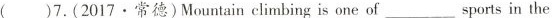
( )7.(2017·常德)Mountain elimbing is one of___sports in the